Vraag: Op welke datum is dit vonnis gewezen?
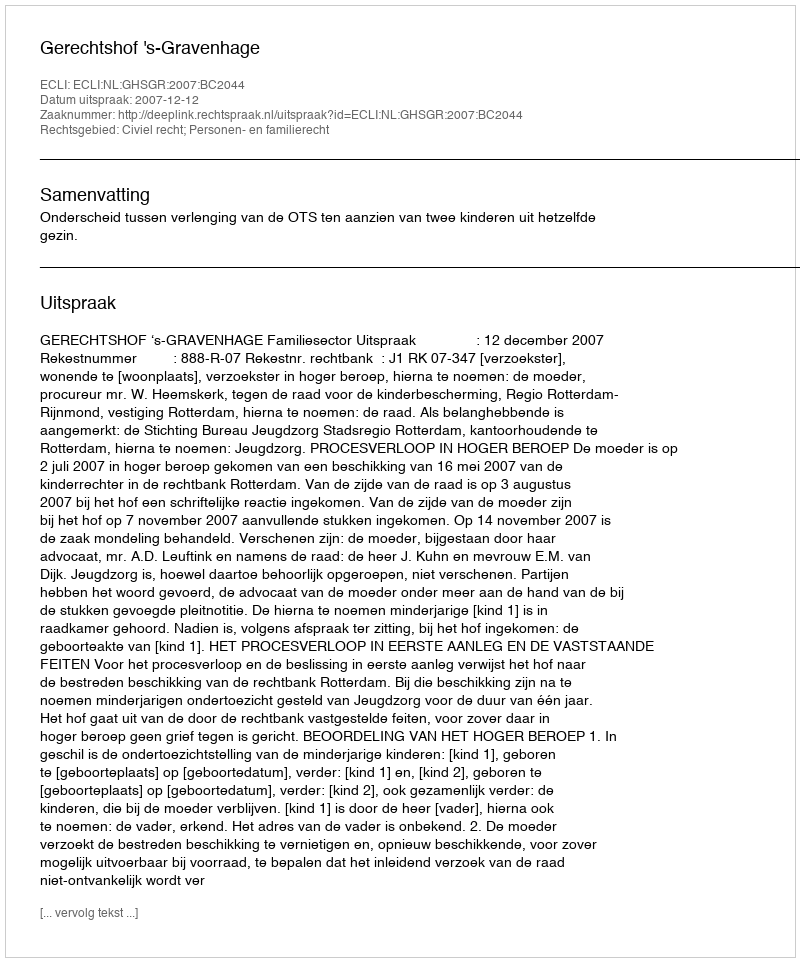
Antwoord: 2007-12-12